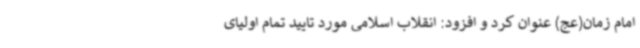
امام زمان(عج) عنوان کرد و افزود: انقلاب اسلامی مورد تایید تمام اولیای